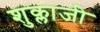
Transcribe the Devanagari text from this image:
शुक्लाजी